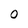
Character: 0